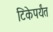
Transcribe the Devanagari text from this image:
टिकेपर्यंत